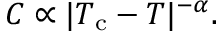
C \propto | T _ { \mathrm { c } } - T | ^ { - \alpha } .